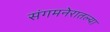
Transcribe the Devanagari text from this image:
संगमनेरातल्या